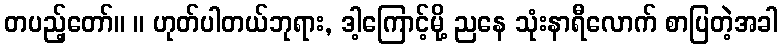
တပည့်တော်။ ။ ဟုတ်ပါတယ်ဘုရား, ဒါ့ကြောင့်မို့ ညနေ သုံးနာရီလောက် စာပြတဲ့အခါ